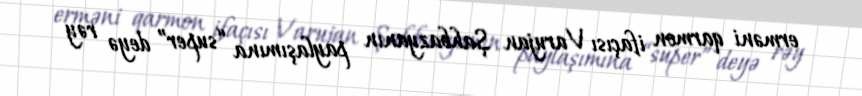
erməni qarmon ifaçısı Varujan Şahbazyanın paylaşımına “super” deyə rəy